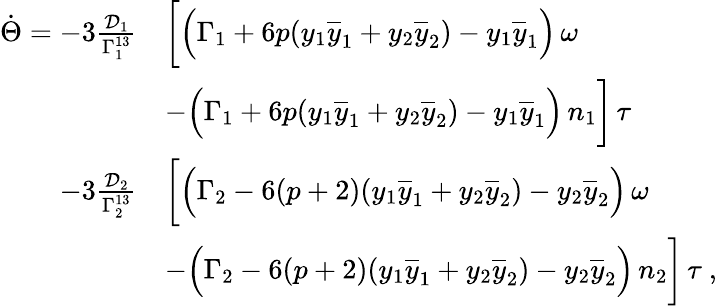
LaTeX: \begin{array}{rl}{\dot{\Theta}=-3\frac{\mathcal{D}_{1}}{\Gamma_{1}^{13}}}&{\bigg[\Big(\Gamma_{1}+6p(y_{1}\overline{{y}}_{1}+y_{2}\overline{{y}}_{2})-y_{1}\overline{{y}}_{1}\Big)\, \omega}\\ &{-\Big(\Gamma_{1}+6p(y_{1}\overline{{y}}_{1}+y_{2}\overline{{y}}_{2})-y_{1}\overline{{y}}_{1}\Big)\, n_{1}\bigg]\, \tau}\\ {-3\frac{\mathcal{D}_{2}}{\Gamma_{2}^{13}}}&{\bigg[\Big(\Gamma_{2}-6(p+2)(y_{1}\overline{{y}}_{1}+y_{2}\overline{{y}}_{2})-y_{2}\overline{{y}}_{2}\Big)\, \omega}\\ &{-\Big(\Gamma_{2}-6(p+2)(y_{1}\overline{{y}}_{1}+y_{2}\overline{{y}}_{2})-y_{2}\overline{{y}}_{2}\Big)\, n_{2}\bigg]\, \tau\ ,}\end{array}